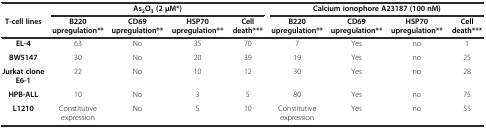
<table><thead><tr><td></td><td colspan="4"><b>As<sub>2</sub>O<sub>3</sub> (2 μM*)</b></td><td colspan="4"><b>Calcium ionophore A23187 (100 nM)</b></td></tr><tr><td><b>T-cell lines</b></td><td><b>B220 upregulation**</b></td><td><b>CD69 upregulation**</b></td><td><b>HSP70 upregulation**</b></td><td><b>Cell death***</b></td><td><b>B220 upregulation**</b></td><td><b>CD69 upregulation**</b></td><td><b>HSP70 upregulation**</b></td><td><b>Cell death***</b></td></tr></thead><tbody><tr><td><b>EL-4</b></td><td>63</td><td>No</td><td>35</td><td>70</td><td>7</td><td>Yes</td><td>no</td><td>1</td></tr><tr><td><b>BW5147</b></td><td>30</td><td>No</td><td>20</td><td>39</td><td>19</td><td>Yes</td><td>no</td><td>25</td></tr><tr><td><b>Jurkat clone E6-1</b></td><td>22</td><td>No</td><td>10</td><td>12</td><td>30</td><td>Yes</td><td>no</td><td>28</td></tr><tr><td><b>HPB-ALL</b></td><td>10</td><td>No</td><td>3</td><td>5</td><td>80</td><td>Yes</td><td>no</td><td>75</td></tr><tr><td><b>L1210</b></td><td>Constitutive expression</td><td>No</td><td>5</td><td>10</td><td>Constitutive expression</td><td>Yes</td><td>no</td><td>55</td></tr></tbody></table>